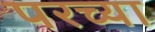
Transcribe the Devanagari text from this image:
परच्या